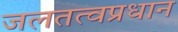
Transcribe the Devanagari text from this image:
जलतत्वप्रधान